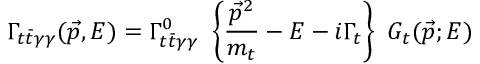
\Gamma _ { t \bar { t } \gamma \gamma } ( \vec { p } , E ) = \Gamma _ { t \bar { t } \gamma \gamma } ^ { 0 } ~ \left\{ \frac { \vec { p } ^ { 2 } } { m _ { t } } - E - i \Gamma _ { t } \right\} ~ G _ { t } ( \vec { p } ; E )